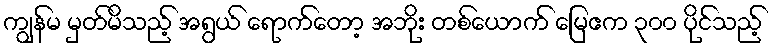
ကျွန်မ မှတ်မိသည့် အရွယ် ရောက်တော့ အဘိုး တစ်ယောက် မြေဧက ၃၀၀ ပိုင်သည့်